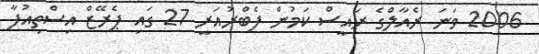
2006 ވަނަ ރެއާލްގެ ރައީސް ކަމުން ފެބްރުއަރީ 27 ގައި ޕެރޭޒް އިސްތިއުފާ